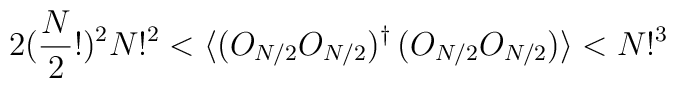
2(\frac{N}{2}!)^2N!^2<\langle  (O_{N/2} O_{N/2})^\dagger\, (O_{N/2} O_{N/2}) \rangle <N!^3